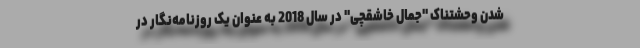
شدن وحشتناک "جمال خاشقچی" در سال 2018 به عنوان یک روزنامه‌نگار در